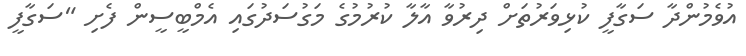
އުވެމުންދާ ސަގާފީ ކުޅިވަރުތަށް ދިރުވާ އާލާ ކުރުމުގެ މަގުސަދުގައި އެމްބީސީން ފެށި "ސަގާފީ